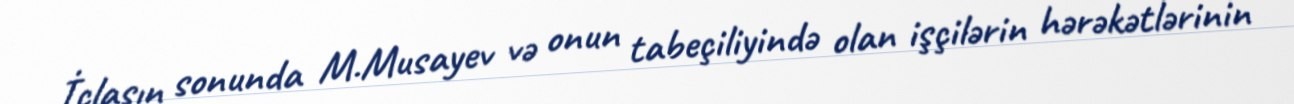
İclasın sonunda M.Musayev və onun tabeçiliyində olan işçilərin hərəkətlərinin